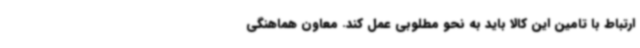
ارتباط با تامین این کالا باید به نحو مطلوبی عمل کند. معاون هماهنگی